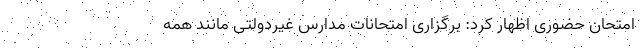
امتحان حضوری اظهار کرد: برگزاری امتحانات مدارس غیردولتی مانند همه